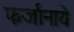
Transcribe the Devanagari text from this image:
फर्जानाये